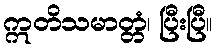
ဣတိသမာတ္တံ၊ ပြီးပြီ။